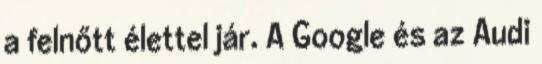
a felnőtt élettel jár. A Google és az Audi